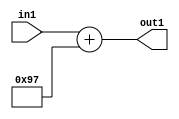
`timescale 1ps / 1ps
/*****************************************************************************
    Verilog RTL Description
    
    
    Created by: Stratus DpOpt 2019.1.01 
*******************************************************************************/

module DC_Filter_Add_12U_266_4 (
	in1,
	out1
	); /* architecture "behavioural" */ 
input [11:0] in1;
output [11:0] out1;
wire [11:0] asc001;

assign asc001 = 
	+(in1)
	+(12'B000010010111);

assign out1 = asc001;
endmodule

/* CADENCE  urnzSwE= : u9/ySgnWtBlWxVPRXgAZ4Og= ** DO NOT EDIT THIS LINE ******/